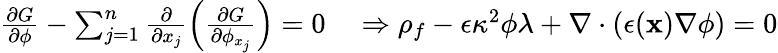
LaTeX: \begin{array}{rl}{\frac{\partial G}{\partial\phi}-\sum_{j=1}^{n}\frac{\partial}{\partial x_{j}}\left(\frac{\partial G}{\partial\phi_{x_{j}}}\right)=0}&{{}\Rightarrow\rho_{f}-\epsilon\kappa^{2}\phi\lambda+\nabla\cdot(\epsilon(\mathbf{x})\nabla\phi)=0}\end{array}